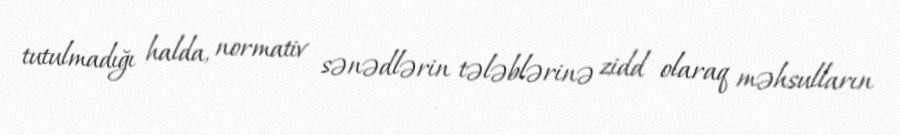
tutulmadığı halda, normativ sənədlərin tələblərinə zidd olaraq məhsulların